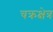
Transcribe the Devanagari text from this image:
चक्रक्षेत्र